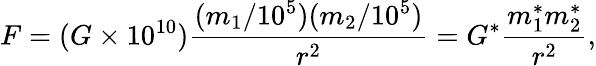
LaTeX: F=(G\times 10^{10})\frac{(m_{1}/10^{5})(m_{2}/10^{5})}{r^{2}}=G^{*}\frac{m_{1}^{*}m_{2}^{*}}{r^{2}},